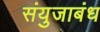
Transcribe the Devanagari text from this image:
संयुजाबंध